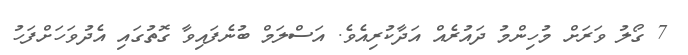
7 ގޯލު ވަރަށް މުހިންމު ދައުރެއް އަދާކުރިއެވެ. އަސްލަމް ބުނެފައިވާ ގޮތުގައި އެދުވަހަށްފަހު